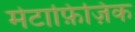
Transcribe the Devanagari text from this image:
मेटाफ़िज़िक